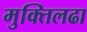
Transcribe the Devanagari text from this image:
मुक्तिलढा